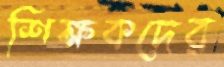
শিক্ষকদের